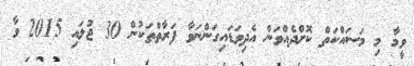
ވީމާ މި މަސައްކަތް ކޮށްދެއްވަން އެދިވަޑައިގަންނަވާ ފަރާތްތަކުން 30 ޖުލައި 2015 ވާ